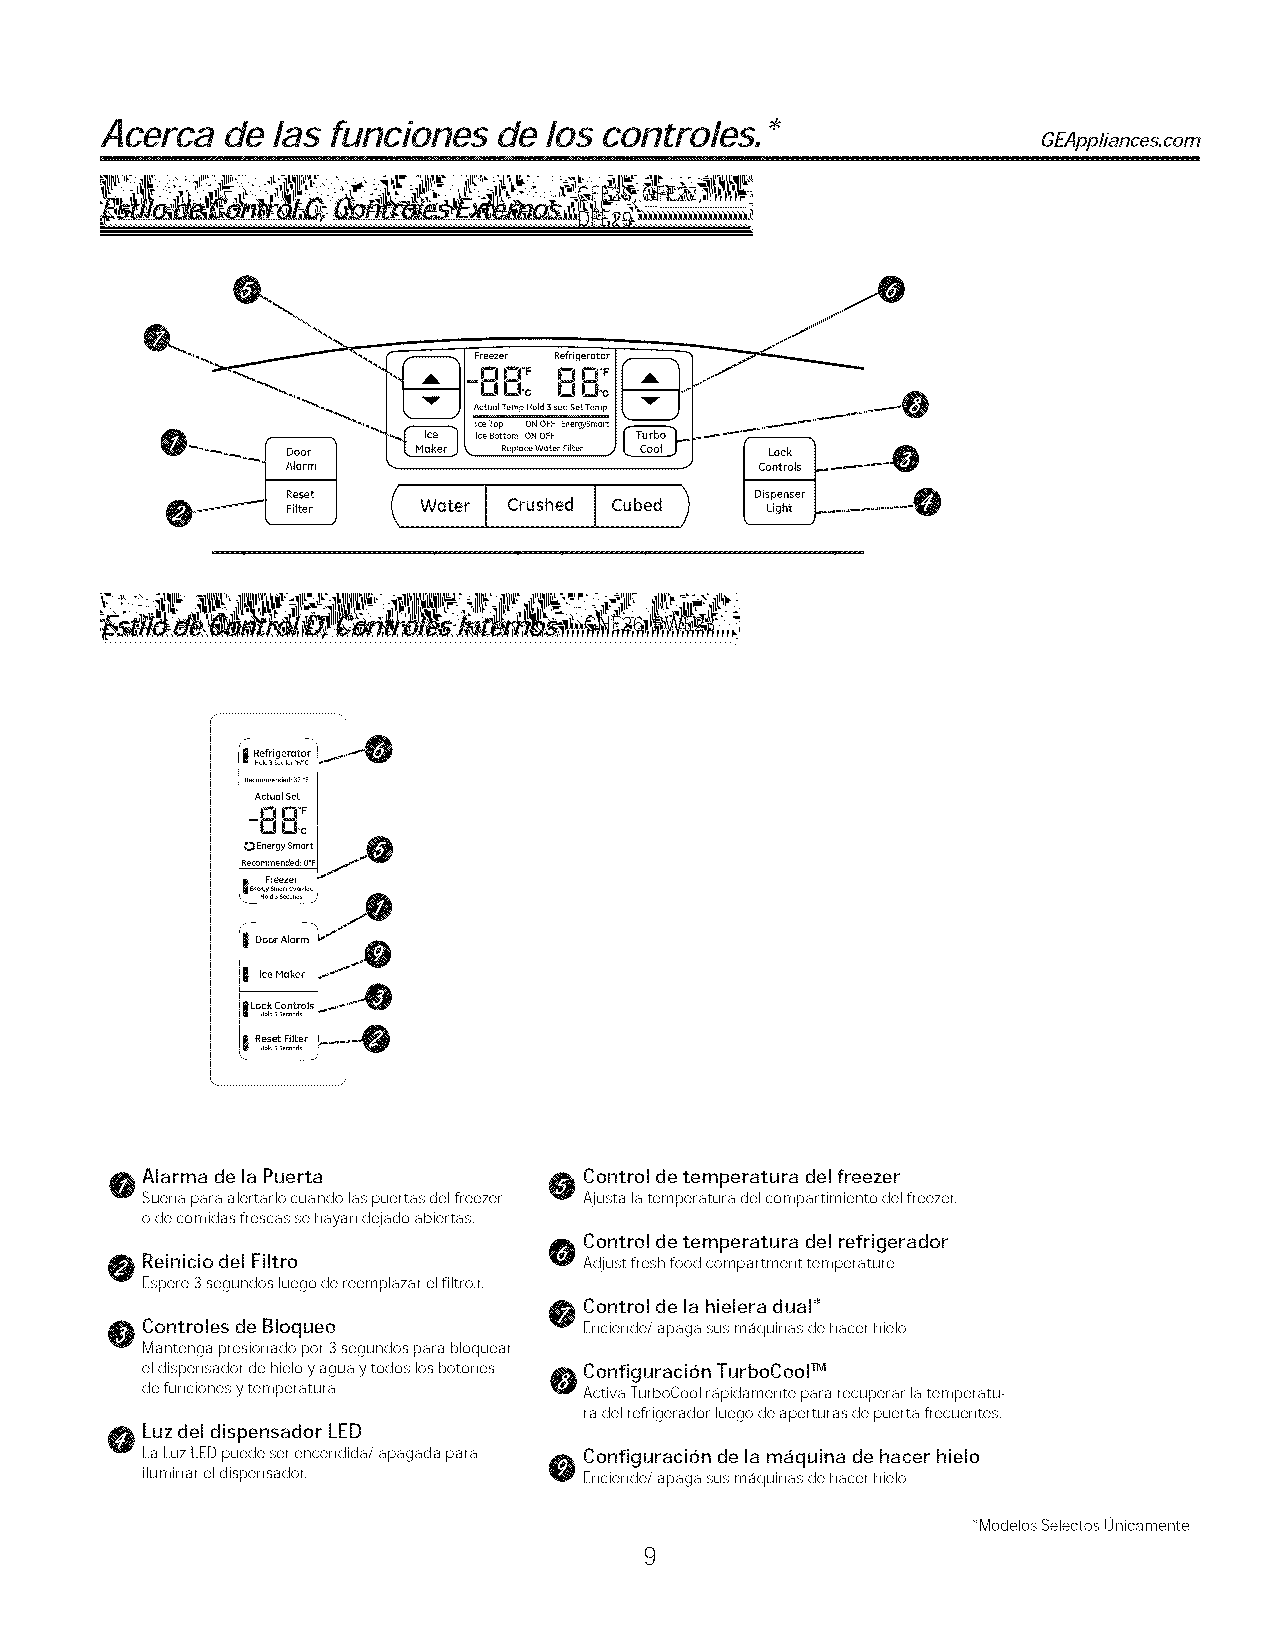
Acerca  de las funciones  de los controles.
 *                 GEAppliances.com
 Refrigerator
 ActualSet
 J_lEl°_
 -0 0-o
 1._Energy Smart
 Recommended: O'F
 Freezer
 Alarma de la Puerta
 O  Control de temperatura del freezer
 W
 Suena para alertarlo cuando las puertas del freezer Ajusta la temperatura del compartimiento del freezer.
 ode comidas frescas se hayan dejado abiertas.
 A  Control de temperatura del refrigerador
 ReiniciodelFiltro             At!just fresh food compartment temperature
 Espere 3segundos luego de reemplazar el filtro.r.
 O  Control de la hielera dual*
 O Controles de BIoqueo          Enciende/apaga sus maquinas de hacer hielo
 Mantenga presionado pot 3segundos para bloquear
 el dispensador de hielo yagua ytodos los botones
 O  Configuracion TurboCool
 de funciones ytemperatura     Activa TurboCool r_Jpidamente paT rM a recuperar latemperatu-
 ra del refrigerador luego de aperturas de puerta frecuentes.
 L/_ Luzdel dispensador LED
 La Luz LED puede set encendida/apagada para 0 Configuracion de la maquina de hacer hielo
 iluminar el dispensador.      Enciende/apaga sus maquinas de hacer hielo
 _Modelos 5electos 0nicamente
 9